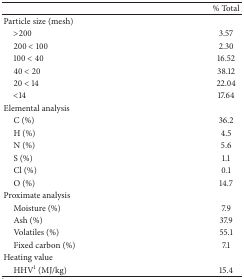
|  | % Total |
 | --- | --- |
 | Particle size (mesh) |  |
 | >200 | 3.57 |
 | 200 < 100 | 2.30 |
 | 100 < 40 | 16.52 |
 | 40 < 20 | 38.12 |
 | 20 < 14 | 22.04 |
 | <14 | 17.64 |
 | Elemental analysis |  |
 | C (%) | 36.2 |
 | H (%) | 4.5 |
 | N (%) | 5.6 |
 | S (%) | 1.1 |
 | Cl (%) | 0.1 |
 | O (%) | 14.7 |
 | Proximate analysis |  |
 | Moisture (%) | 7.9 |
 | Ash (%) | 37.9 |
 | Volatiles (%) | 55.1 |
 | Fixed carbon (%) | 7.1 |
 | Heating value |  |
 | HHV1 (MJ/kg) | 15.4 |